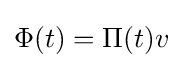
\Phi (t)=\Pi (t)v